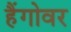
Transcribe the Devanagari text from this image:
हैंगोवर